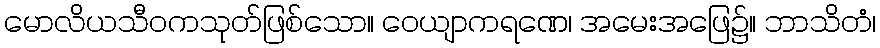
မောလိယသီဝကသုတ်ဖြစ်သော။ ဝေယျာကရဏေ၊ အမေးအဖြေ၌။ ဘာသိတံ၊